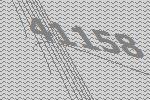
41158